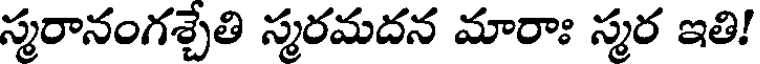
స్మరానంగశ్చేతి స్మరమదన మారాః స్మర ఇతి!